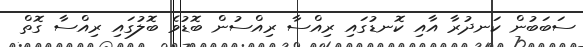
ސަބަބުން ކަނދުރާ އާއި ކޮނޑުގައި ރިއްސާ ރިއްސުން ބޮޑުވެ ބޮލުގައި ރިއްސާ ގޮތް